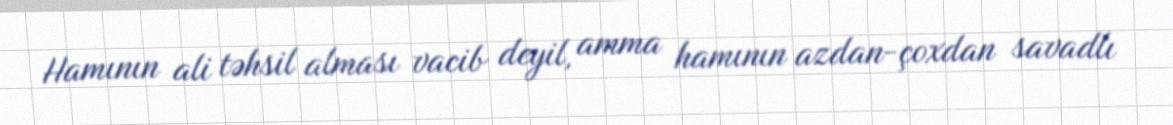
Hamının ali təhsil alması vacib deyil, amma hamının azdan-çoxdan savadlı